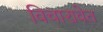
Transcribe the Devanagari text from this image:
विचारावेत